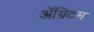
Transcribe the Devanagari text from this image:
ॲग्निटम